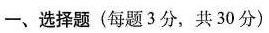
一、选择题(每题3分，共30分)